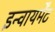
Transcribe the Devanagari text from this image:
इन्वायर्मेंट